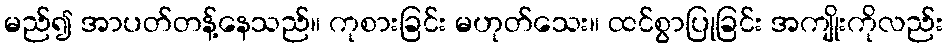
မည်၍ အာပတ်တန့်နေသည်။ ကုစားခြင်း မဟုတ်သေး။ ထင်စွာပြုခြင်း အကျိုးကိုလည်း